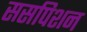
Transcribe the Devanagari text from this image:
ससपिशन